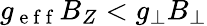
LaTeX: g_{\mathrm{~e~f~f~}}B_{Z}<g_{\perp}B_{\perp}